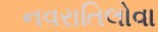
નવરાતિલોવા